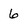
Character: 6